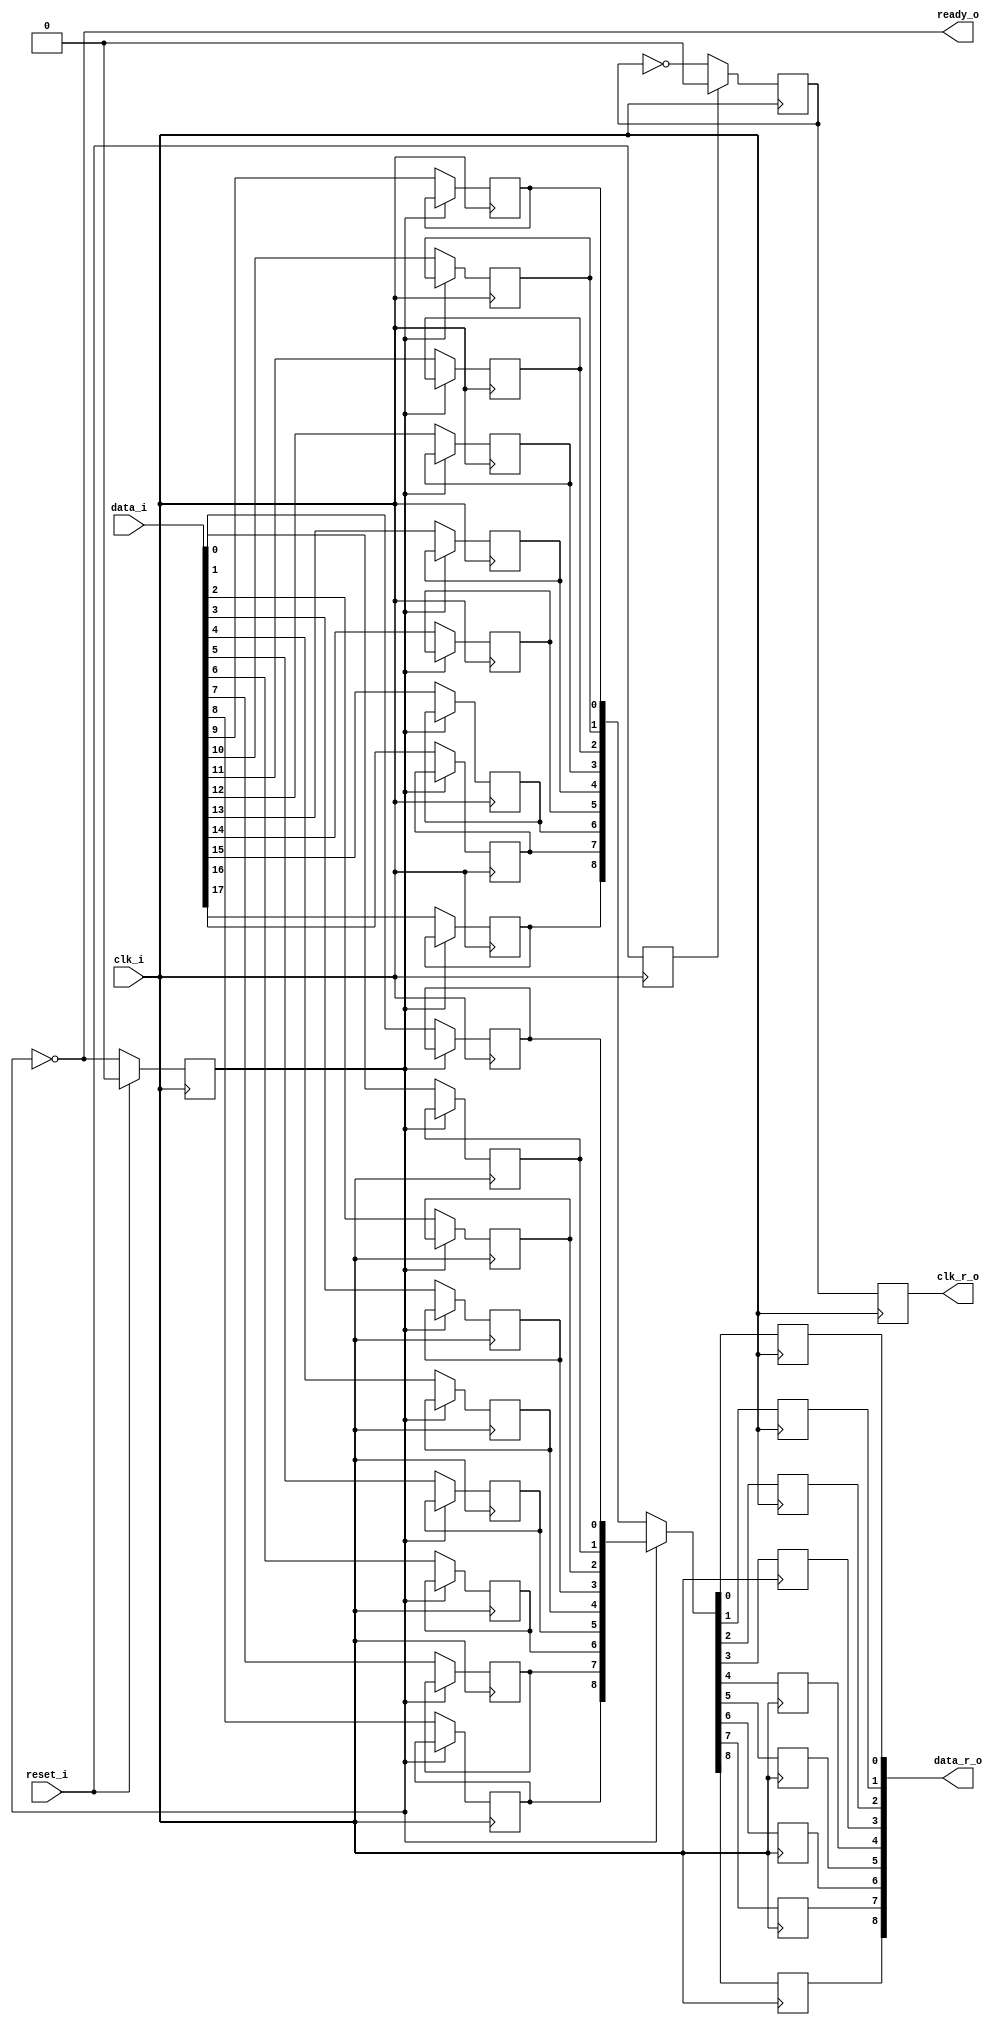
module bsg_link_oddr_phy_width_p9
(
  reset_i,
  clk_i,
  data_i,
  ready_o,
  data_r_o,
  clk_r_o
);

  input [17:0] data_i;
  output [8:0] data_r_o;
  input reset_i;
  input clk_i;
  output ready_o;
  output clk_r_o;
  wire [8:0] data_r_o;
  wire ready_o,clk_r_o,N0,N1,N2,N3,N4,N5,odd_r,N6,N7,N8,reset_i_r,N9,N10,clk_r,N11,N12,
  N13,N14,N15,N16,N17,N18,N19,N20,N21;
  wire [17:0] data_i_r;
  reg data_i_r_17_sv2v_reg,data_i_r_16_sv2v_reg,data_i_r_15_sv2v_reg,
  data_i_r_14_sv2v_reg,data_i_r_13_sv2v_reg,data_i_r_12_sv2v_reg,data_i_r_11_sv2v_reg,
  data_i_r_10_sv2v_reg,data_i_r_9_sv2v_reg,data_i_r_8_sv2v_reg,data_i_r_7_sv2v_reg,
  data_i_r_6_sv2v_reg,data_i_r_5_sv2v_reg,data_i_r_4_sv2v_reg,data_i_r_3_sv2v_reg,
  data_i_r_2_sv2v_reg,data_i_r_1_sv2v_reg,data_i_r_0_sv2v_reg,odd_r_sv2v_reg,
  reset_i_r_sv2v_reg,clk_r_sv2v_reg,clk_r_o_sv2v_reg,data_r_o_8_sv2v_reg,data_r_o_7_sv2v_reg,
  data_r_o_6_sv2v_reg,data_r_o_5_sv2v_reg,data_r_o_4_sv2v_reg,data_r_o_3_sv2v_reg,
  data_r_o_2_sv2v_reg,data_r_o_1_sv2v_reg,data_r_o_0_sv2v_reg;
  assign data_i_r[17] = data_i_r_17_sv2v_reg;
  assign data_i_r[16] = data_i_r_16_sv2v_reg;
  assign data_i_r[15] = data_i_r_15_sv2v_reg;
  assign data_i_r[14] = data_i_r_14_sv2v_reg;
  assign data_i_r[13] = data_i_r_13_sv2v_reg;
  assign data_i_r[12] = data_i_r_12_sv2v_reg;
  assign data_i_r[11] = data_i_r_11_sv2v_reg;
  assign data_i_r[10] = data_i_r_10_sv2v_reg;
  assign data_i_r[9] = data_i_r_9_sv2v_reg;
  assign data_i_r[8] = data_i_r_8_sv2v_reg;
  assign data_i_r[7] = data_i_r_7_sv2v_reg;
  assign data_i_r[6] = data_i_r_6_sv2v_reg;
  assign data_i_r[5] = data_i_r_5_sv2v_reg;
  assign data_i_r[4] = data_i_r_4_sv2v_reg;
  assign data_i_r[3] = data_i_r_3_sv2v_reg;
  assign data_i_r[2] = data_i_r_2_sv2v_reg;
  assign data_i_r[1] = data_i_r_1_sv2v_reg;
  assign data_i_r[0] = data_i_r_0_sv2v_reg;
  assign odd_r = odd_r_sv2v_reg;
  assign reset_i_r = reset_i_r_sv2v_reg;
  assign clk_r = clk_r_sv2v_reg;
  assign clk_r_o = clk_r_o_sv2v_reg;
  assign data_r_o[8] = data_r_o_8_sv2v_reg;
  assign data_r_o[7] = data_r_o_7_sv2v_reg;
  assign data_r_o[6] = data_r_o_6_sv2v_reg;
  assign data_r_o[5] = data_r_o_5_sv2v_reg;
  assign data_r_o[4] = data_r_o_4_sv2v_reg;
  assign data_r_o[3] = data_r_o_3_sv2v_reg;
  assign data_r_o[2] = data_r_o_2_sv2v_reg;
  assign data_r_o[1] = data_r_o_1_sv2v_reg;
  assign data_r_o[0] = data_r_o_0_sv2v_reg;

  always @(posedge clk_i) begin
    if(N6) begin
      data_i_r_17_sv2v_reg <= data_i[17];
    end 
  end


  always @(posedge clk_i) begin
    if(N6) begin
      data_i_r_16_sv2v_reg <= data_i[16];
    end 
  end


  always @(posedge clk_i) begin
    if(N6) begin
      data_i_r_15_sv2v_reg <= data_i[15];
    end 
  end


  always @(posedge clk_i) begin
    if(N6) begin
      data_i_r_14_sv2v_reg <= data_i[14];
    end 
  end


  always @(posedge clk_i) begin
    if(N6) begin
      data_i_r_13_sv2v_reg <= data_i[13];
    end 
  end


  always @(posedge clk_i) begin
    if(N6) begin
      data_i_r_12_sv2v_reg <= data_i[12];
    end 
  end


  always @(posedge clk_i) begin
    if(N6) begin
      data_i_r_11_sv2v_reg <= data_i[11];
    end 
  end


  always @(posedge clk_i) begin
    if(N6) begin
      data_i_r_10_sv2v_reg <= data_i[10];
    end 
  end


  always @(posedge clk_i) begin
    if(N6) begin
      data_i_r_9_sv2v_reg <= data_i[9];
    end 
  end


  always @(posedge clk_i) begin
    if(N6) begin
      data_i_r_8_sv2v_reg <= data_i[8];
    end 
  end


  always @(posedge clk_i) begin
    if(N6) begin
      data_i_r_7_sv2v_reg <= data_i[7];
    end 
  end


  always @(posedge clk_i) begin
    if(N6) begin
      data_i_r_6_sv2v_reg <= data_i[6];
    end 
  end


  always @(posedge clk_i) begin
    if(N6) begin
      data_i_r_5_sv2v_reg <= data_i[5];
    end 
  end


  always @(posedge clk_i) begin
    if(N6) begin
      data_i_r_4_sv2v_reg <= data_i[4];
    end 
  end


  always @(posedge clk_i) begin
    if(N6) begin
      data_i_r_3_sv2v_reg <= data_i[3];
    end 
  end


  always @(posedge clk_i) begin
    if(N6) begin
      data_i_r_2_sv2v_reg <= data_i[2];
    end 
  end


  always @(posedge clk_i) begin
    if(N6) begin
      data_i_r_1_sv2v_reg <= data_i[1];
    end 
  end


  always @(posedge clk_i) begin
    if(N6) begin
      data_i_r_0_sv2v_reg <= data_i[0];
    end 
  end


  always @(posedge clk_i) begin
    if(1'b1) begin
      odd_r_sv2v_reg <= N8;
    end 
  end


  always @(posedge clk_i) begin
    if(1'b1) begin
      reset_i_r_sv2v_reg <= reset_i;
    end 
  end


  always @(posedge N9) begin
    if(1'b1) begin
      clk_r_sv2v_reg <= N12;
    end 
  end


  always @(posedge N9) begin
    if(1'b1) begin
      clk_r_o_sv2v_reg <= clk_r;
    end 
  end


  always @(posedge clk_i) begin
    if(1'b1) begin
      data_r_o_8_sv2v_reg <= N21;
    end 
  end


  always @(posedge clk_i) begin
    if(1'b1) begin
      data_r_o_7_sv2v_reg <= N20;
    end 
  end


  always @(posedge clk_i) begin
    if(1'b1) begin
      data_r_o_6_sv2v_reg <= N19;
    end 
  end


  always @(posedge clk_i) begin
    if(1'b1) begin
      data_r_o_5_sv2v_reg <= N18;
    end 
  end


  always @(posedge clk_i) begin
    if(1'b1) begin
      data_r_o_4_sv2v_reg <= N17;
    end 
  end


  always @(posedge clk_i) begin
    if(1'b1) begin
      data_r_o_3_sv2v_reg <= N16;
    end 
  end


  always @(posedge clk_i) begin
    if(1'b1) begin
      data_r_o_2_sv2v_reg <= N15;
    end 
  end


  always @(posedge clk_i) begin
    if(1'b1) begin
      data_r_o_1_sv2v_reg <= N14;
    end 
  end


  always @(posedge clk_i) begin
    if(1'b1) begin
      data_r_o_0_sv2v_reg <= N13;
    end 
  end

  assign N8 = (N0)? 1'b0 : 
              (N1)? N6 : 1'b0;
  assign N0 = reset_i;
  assign N1 = N7;
  assign N12 = (N2)? 1'b0 : 
               (N3)? N11 : 1'b0;
  assign N2 = reset_i_r;
  assign N3 = N10;
  assign { N21, N20, N19, N18, N17, N16, N15, N14, N13 } = (N4)? data_i_r[8:0] : 
                                                           (N5)? data_i_r[17:9] : 1'b0;
  assign N4 = odd_r;
  assign N5 = N6;
  assign ready_o = ~odd_r;
  assign N6 = ~odd_r;
  assign N7 = ~reset_i;
  assign N9 = ~clk_i;
  assign N10 = ~reset_i_r;
  assign N11 = ~clk_r;

endmodule